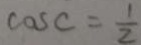
\cos C = \frac { 1 } { 2 }